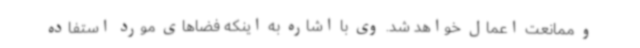
و ممانعت اعمال خواهد شد. وی با اشاره به اینکه فضاهای مورد استفاده